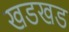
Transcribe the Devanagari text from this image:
खडखड